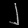
Digit: ၂